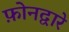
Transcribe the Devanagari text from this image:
फ़ोनद्वारे